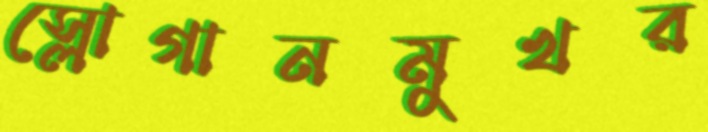
স্লোগানমুখর